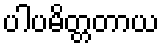
ပါပမိတ္တတာယ